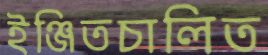
ইঞ্জিতচালিত